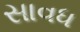
સાવધ